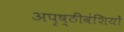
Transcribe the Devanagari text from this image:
अपृष्ठीवंशियों